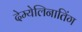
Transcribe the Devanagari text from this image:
देम्येलिनातिंग